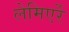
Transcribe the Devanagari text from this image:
लेमिएर्रे